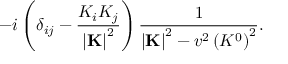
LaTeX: - i \left( \delta _ { i j } - { \frac { K _ { i } K _ { j } } { \left| { \bf K } \right| ^ { 2 } } } \right) { \frac { 1 } { \left| { \bf K } \right| ^ { 2 } - v ^ { 2 } \left( K ^ { 0 } \right) ^ { 2 } } } .